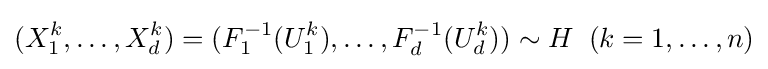
(X_{1}^{k},\dots ,X_{d}^{k})=(F_{1}^{-1}(U_{1}^{k}),\dots ,F_{d}^{-1}(U_{d}^{k}))\sim H\;\;(k=1,\dots ,n)